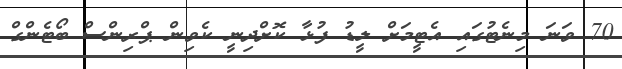
70 ވަނަ މިނެޓުގައި އެޓީމަށް ލީޑު ފުޅާ ކޮށްދިނީ ކެވިން ޕްރިންސް ބޯޓެންގް